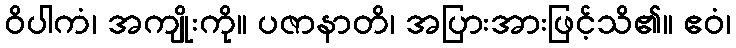
ဝိပါကံ၊ အကျိုးကို။ ပဇာနာတိ၊ အပြားအားဖြင့်သိ၏။ ဧဝံ၊